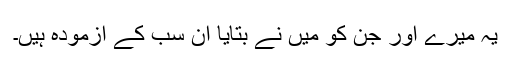
یہ میرے اور جن کو میں نے بتایا ان سب کے آزمودہ ہیں۔